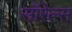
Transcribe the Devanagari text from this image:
सॉरेल्स